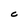
Character: C